Source: Handwritten
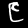
Digit: ၉ (9)